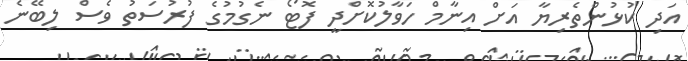
އަދި ކުޅުންތެރިޔާ އަށް އިނާމް ހަވާލުކޮށްދީ ފޮޓޯ ނެގުމުގެ ފުރުސަތު ވެސް ލިބޭނެ